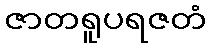
ဇာတရူပရဇတံ